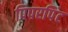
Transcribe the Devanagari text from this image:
पिपरपिंट